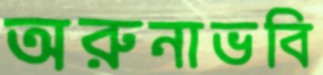
অরুনাভবি